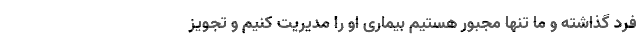
فرد گذاشته و ما تنها مجبور هستیم بیماری‌ او را مدیریت کنیم و تجویز